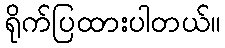
ရိုက်ပြထားပါတယ်။